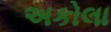
અકોલા